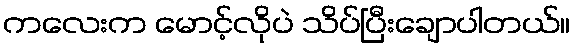
ကလေးက မောင့်လိုပဲ သိပ်ပြီးချောပါတယ်။